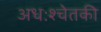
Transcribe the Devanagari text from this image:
अधःश्चेतकी